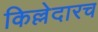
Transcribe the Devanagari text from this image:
किल्लेदारच